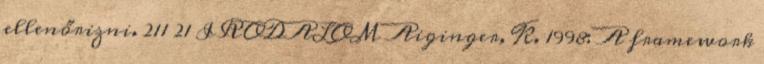
ellenőrizni. 211 21 IRODALOM Aiginger, K. 1998: A framework